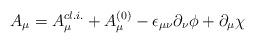
LaTeX: \begin{align*}A_\mu = A_{\mu}^{cl.i.} + A_{\mu}^{(0)} - \epsilon_{\mu\nu}\partial_\nu \phi+ \partial_\mu \chi\end{align*}